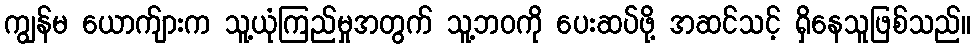
ကျွန်မ ယောက်ျားက သူ့ယုံကြည်မှုအတွက် သူ့ဘဝကို ပေးဆပ်ဖို့ အဆင်သင့် ရှိနေသူဖြစ်သည်။